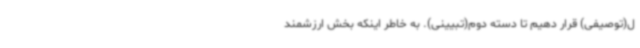
ل(توصیفی) قرار دهیم تا دسته دوم(تبیینی). به خاطر اینکه بخش ارزشمند